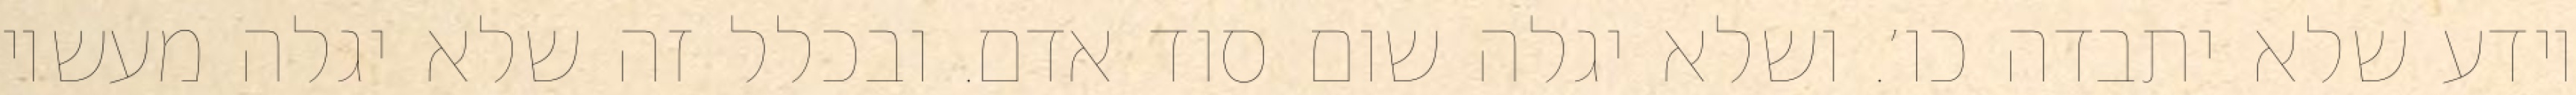
יודע שלא יתבדה כו׳. ושלא יגלה שום סוד אדם. ובכלל זה שלא יגלה מעשיו